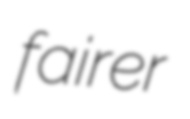
fairer